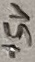
Text: +5V